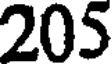
205